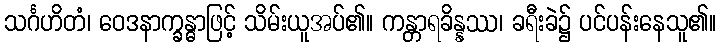
သင်္ဂဟိတံ၊ ဝေဒနာက္ခန္ဓာဖြင့် သိမ်းယူအပ်၏။ ကန္တာရခိန္နဿ၊ ခရီးခဲ၌ ပင်ပန်းနေသူ၏။